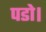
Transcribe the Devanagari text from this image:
पडो।